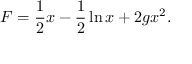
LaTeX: F = \frac { 1 } { 2 } x - \frac { 1 } { 2 } \ln x + 2 g x ^ { 2 } .